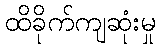
ထိခိုက်ကျဆုံးမှု